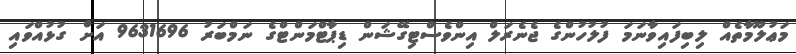
މަޢުލޫމާތެއް ލިބިފައިވާނަމަ ފުލުހުންގެ ޖެނެރަލް އިންވެސްޓިގޭޝަން ޑިޕާޓްމަންޓްގެ ނަމްބަރު 9631696 އަށް ގުޅުއްވައި